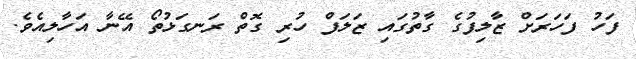
ފަހު ފަހަރަށް ޒާލިފުގެ ގާތުގައި ޒަލަފް ހުރި ގޮތް ރަނގަޅުތޯ އޭނާ އަހާލިއެވެ.